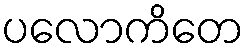
ပလောကိတေ